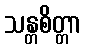
သန္တစိတ္တာ